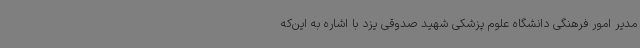
مدیر امور فرهنگی دانشگاه علوم پزشکی شهید صدوقی یزد با اشاره به این‌که